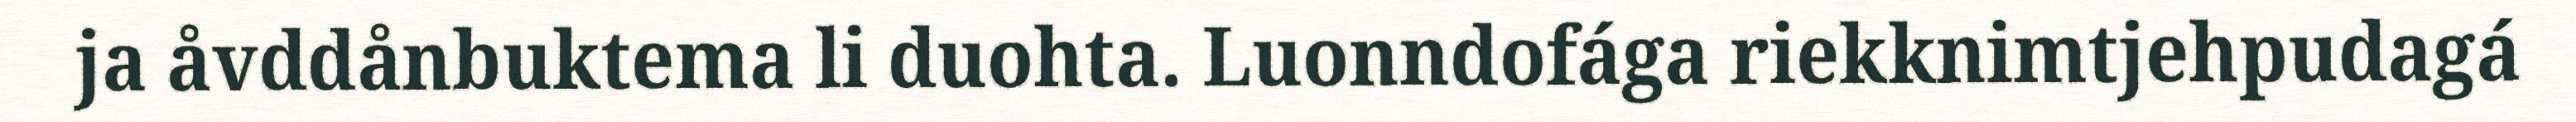
ja åvddånbuktema li duohta. Luonndofága riekknimtjehpudagá